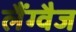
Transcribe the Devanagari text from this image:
लैंग्वैज